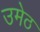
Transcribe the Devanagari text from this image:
उमेठ